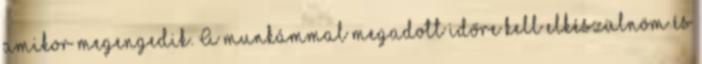
amikor megengedik. A munkámmal megadott időre kell elkészülnöm és